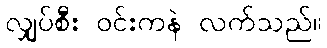
လျှပ်စီး ဝင်းကနဲ လက်သည်။